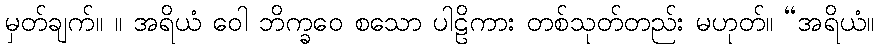
မှတ်ချက်။ ။ အရိယံ ဝေါ ဘိက္ခဝေ စသော ပါဠိကား တစ်သုတ်တည်း မဟုတ်။ “အရိယံ။